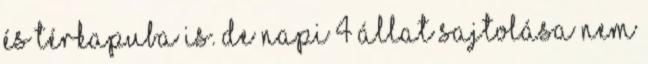
és térkapuba is. De napi 4 állat sajtolása nem